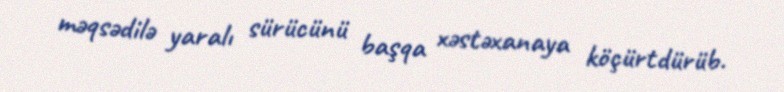
məqsədilə yaralı sürücünü başqa xəstəxanaya köçürtdürüb.